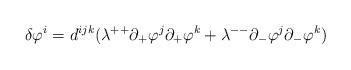
LaTeX: \begin{align*}\delta\varphi^i=d^{ijk}(\lambda^{++}\partial_+\varphi^j\partial_+\varphi^k+\lambda^{--}\partial_-\varphi^j\partial_-\varphi^k)\end{align*}